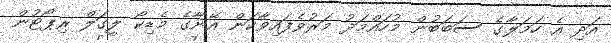
އަދި އެ ހަމަލާގެ ސަބަބުން މުހައްމަދު މަރުވެފައިވާކަން އޭނާގެ މެޑިކޯ ލީގަލް ރިޕޯޓުން